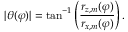
| \theta ( \varphi ) | = \tan ^ { - 1 } \left( \frac { r _ { z , m } ( \varphi ) } { r _ { x , m } ( \varphi ) } \right) .